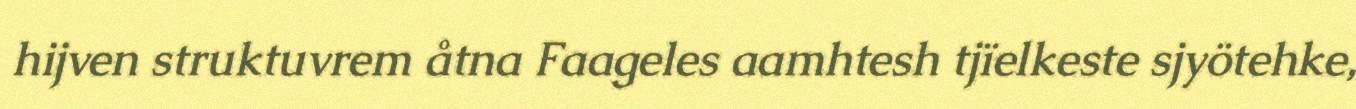
hijven struktuvrem åtna Faageles aamhtesh tjïelkeste sjyötehke,